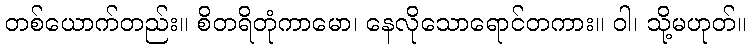
တစ်ယောက်တည်း။ စိတရိတုံကာမော၊ နေလိုသောရောင်တကား။ ဝါ၊ သို့မဟုတ်။